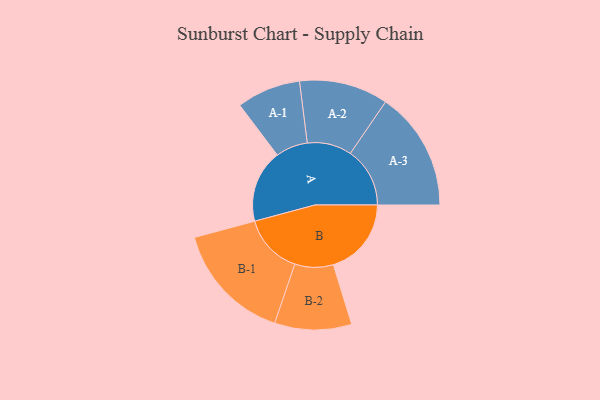
{"axis": {"x": "Segment", "y": "Value"}, "legend": ["", "A", "B"], "data": [{"x": "A", "y": 280, "type": ""}, {"x": "B", "y": 300, "type": ""}, {"x": "A-1", "y": 123, "type": "A"}, {"x": "A-2", "y": 171, "type": "A"}, {"x": "A-3", "y": 229, "type": "A"}, {"x": "B-1", "y": 231, "type": "B"}, {"x": "B-2", "y": 148, "type": "B"}]}